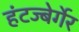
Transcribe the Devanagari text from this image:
हंटज्बेर्गेर